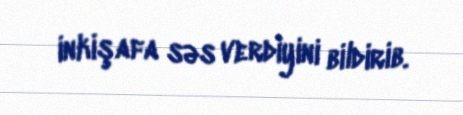
inkişafa səs verdiyini bildirib.